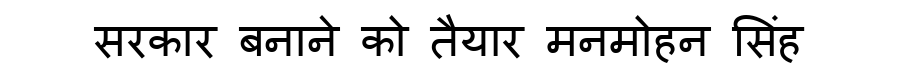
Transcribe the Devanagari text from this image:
सरकार बनाने को तैयार मनमोहन सिंह